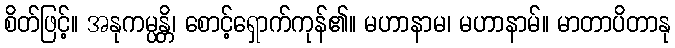
စိတ်ဖြင့်။ အနုကမ္ပန္တိ၊ စောင့်ရှောက်ကုန်၏။ မဟာနာမ၊ မဟာနာမ်။ မာတာပိတာနု